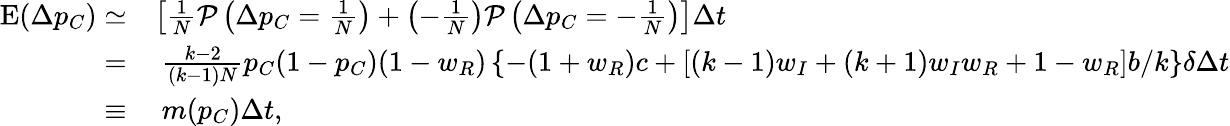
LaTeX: \begin{array}{rl}{\mathrm{E}(\Delta p_{C})\simeq}&{\left[\frac{1}{N}\mathcal{P}\left(\Delta p_{C}=\frac{1}{N}\right)+\left(-\frac{1}{N}\right)\mathcal{P}\left(\Delta p_{C}=-\frac{1}{N}\right)\right]\Delta t}\\ {=}&{~\frac{k-2}{(k-1)N}p_{C}(1-p_{C})(1-w_{R})\left\{ -(1+w_{R})c+[(k-1)w_{I}+(k+1)w_{I}w_{R}+1-w_{R}]b/k\right\} \delta\Delta t}\\ {\equiv}&{~m(p_{C})\Delta t,}\end{array}